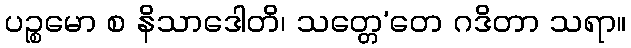
ပဉ္စမော စ နိသာဒေါတိ၊ သတ္တေ’တေ ဂဒိတာ သရာ။